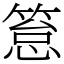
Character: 䈚